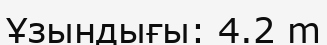
Ұзындығы: 4.2 m